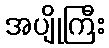
အပျိုကြီး